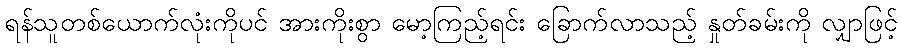
ရန်သူတစ်ယောက်လုံးကိုပင် အားကိုးစွာ မော့ကြည့်ရင်း ခြောက်လာသည့် နှုတ်ခမ်းကို လျှာဖြင့်